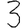
Digit: 3